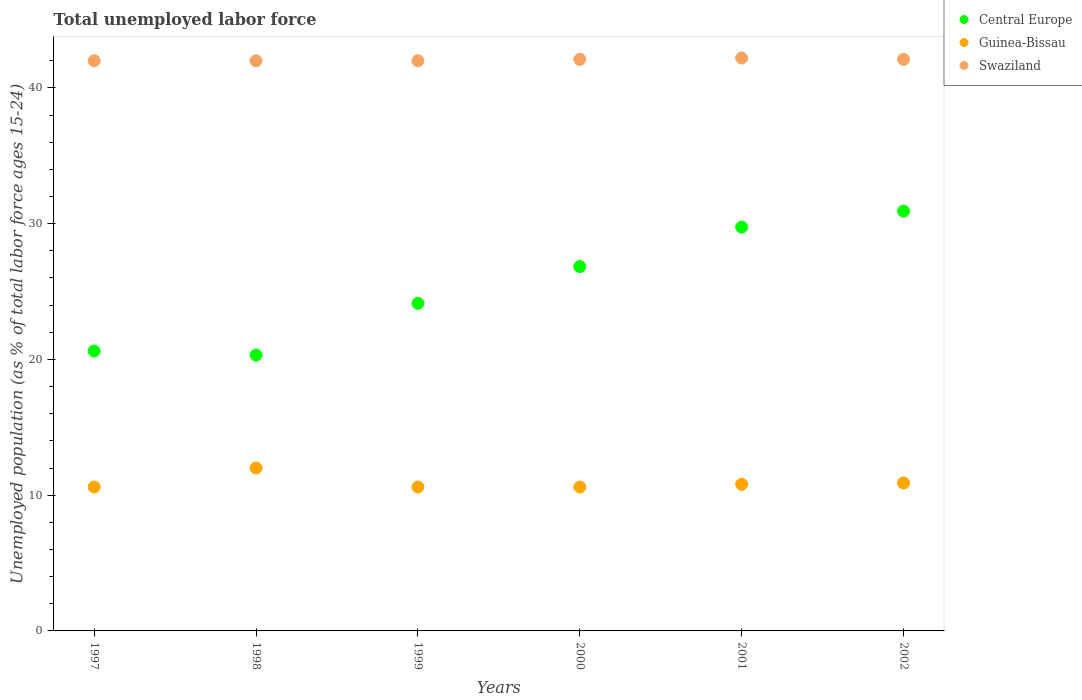
| Years | Central Europe | Guinea-Bissau | Swaziland |
 | --- | --- | --- | --- |
 | 1997 | 20.6 | 10.6 | 42 |
 | 1998 | 20.3 | 12 | 42 |
 | 1999 | 24.1 | 10.6 | 42 |
 | 2000 | 26.8 | 10.6 | 42.1 |
 | 2001 | 29.7 | 10.8 | 42.2 |
 | 2002 | 30.9 | 10.9 | 42.1 |